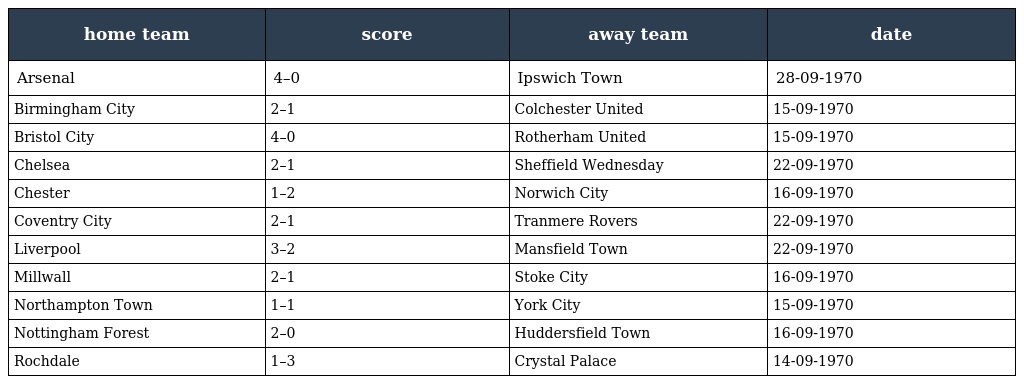
| home team | score | away team | date |
 | --- | --- | --- | --- |
 | Arsenal | 4–0 | Ipswich Town | 28-09-1970 |
 | Birmingham City | 2–1 | Colchester United | 15-09-1970 |
 | Bristol City | 4–0 | Rotherham United | 15-09-1970 |
 | Chelsea | 2–1 | Sheffield Wednesday | 22-09-1970 |
 | Chester | 1–2 | Norwich City | 16-09-1970 |
 | Coventry City | 2–1 | Tranmere Rovers | 22-09-1970 |
 | Liverpool | 3–2 | Mansfield Town | 22-09-1970 |
 | Millwall | 2–1 | Stoke City | 16-09-1970 |
 | Northampton Town | 1–1 | York City | 15-09-1970 |
 | Nottingham Forest | 2–0 | Huddersfield Town | 16-09-1970 |
 | Rochdale | 1–3 | Crystal Palace | 14-09-1970 |